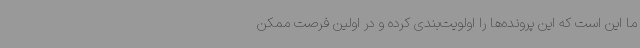
ما این است که این پرونده‌ها را اولویت‌بندی کرده و در اولین فرصت ممکن